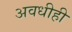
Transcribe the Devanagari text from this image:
अवधीही